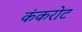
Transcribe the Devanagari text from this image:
कंकरोट